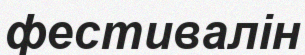
фестивалін